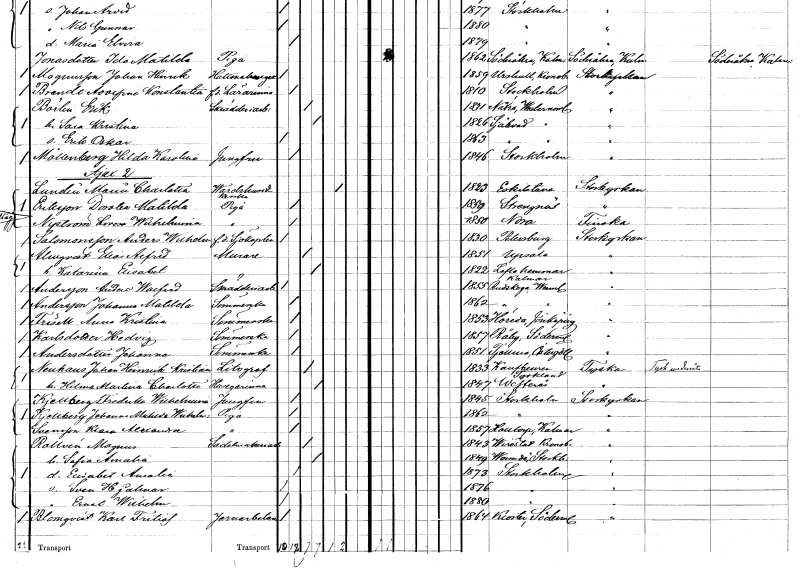
gt_parse: households: individuals: FN: Hilda Karolina
EN: Möllenberg
YRKE: Jungfru
KON: K
CIV: O
FODAR: 1846
FODFORS: Stockholm
FN: Maria Charlotta
EN: Lindin
YRKE: Värdshusidkerska
KON: K
CIV: E
FODAR: 1823
FODFORS: Eskilstuna Södermanlands län
FN: Dorotea Matilda
EN: Eriksson
YRKE: Piga
KON: K
CIV: O
FODAR: 1859
FODFORS: Strängnäs Södermanlands län
FN: Lovisa Wilhelmina
EN: Nyström
YRKE: Piga
KON: K
CIV: O
FODAR: 1850
FODFORS: Nora stadsförsamling Örebro län
FN: Anders Wilhelm
EN: Salomonsson
YRKE: Sjökapten f.d.
KON: M
CIV: O
FODAR: 1830
FN: Elias Alfred
EN: Almqvist
YRKE: Murare
KON: M
CIV: G
FODAR: 1851
FODFORS: Uppsala Uppsala län
FN: Katarina Elisabet
KON: K
CIV: G
FODAR: 1822
FODFORS: Loftahammar Kalmar län
FN: Anders Walfrid
EN: Andersson
YRKE: Skrädderiarbetare
KON: M
CIV: O
FODAR: 1855
FODFORS: Rudskoga Värmlands län
FN: Johanna Matilda
EN: Andersson
YRKE: Sömmerska
KON: K
CIV: O
FODAR: 1862
FODFORS: Rudskoga Värmlands län
FN: Anna Kristina
EN: Frisell
YRKE: Sömmerska
KON: K
CIV: O
FODAR: 1853
FODFORS: Höreda Jönköpings län
FN: Hedvig
EN: Karlsdotter
YRKE: Sömmerska
KON: K
CIV: O
FODAR: 1857
FODFORS: Råby Södermanlands län
FN: Johanna
EN: Andersdotter
YRKE: Sömmerska
KON: K
CIV: O
FODAR: 1851
FODFORS: Tjällmo Östergötlands län
FN: Johan Heinrich Kristian
EN: Neuhaus
YRKE: Litograf
KON: M
CIV: G
FODAR: 1833
FN: Hilma Martina Charlotta
YRKE: Husägarinna
KON: K
CIV: G
FODAR: 1847
FODFORS: Västerås Västmanlands län
FN: Fredrika Wilhelmina
EN: Kjellberg
YRKE: Jungfru
KON: K
CIV: O
FODAR: 1845
FODFORS: Stockholm
FN: Johanna Matilda Wilhelmina
EN: Kjellberg
YRKE: Piga
KON: K
CIV: O
FODAR: 1862
FODFORS: Stockholm
FN: Klara Alexandra
EN: Svensson
YRKE: Piga
KON: K
CIV: O
FODAR: 1857
FODFORS: Halltorp Kalmar län
FN: Magnus
EN: Rollvén
YRKE: Sadelmakeriarbetare
KON: M
CIV: G
FODAR: 1843
FODFORS: Virestad Kronobergs län
FN: Sofia Amalia
KON: K
CIV: G
FODAR: 1849
FODFORS: Värmdö Stockholms län
FN: Elisabet Amalia
KON: K
CIV: O
FODAR: 1873
FODFORS: Stockholm
FN: Sven Hjalmar
KON: M
CIV: O
FODAR: 1876
FODFORS: Stockholm
FN: Ernst Wilhelm
KON: M
CIV: O
FODAR: 1880
FODFORS: Stockholm
FN: Karl Fritiof
EN: Blomqvist
YRKE: Järnarbetare
KON: M
CIV: O
FODAR: 1864
FODFORS: Kloster Södermanlands län